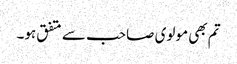
تم بھی مولوی صاحب سے متفق ہو۔